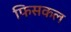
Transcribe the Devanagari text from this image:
फिसकल